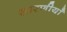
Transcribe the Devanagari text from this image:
सारणीयाँ